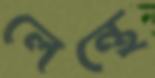
লেন্থে